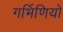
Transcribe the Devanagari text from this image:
गर्भिणियों